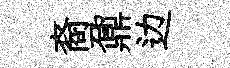
裔鼐边